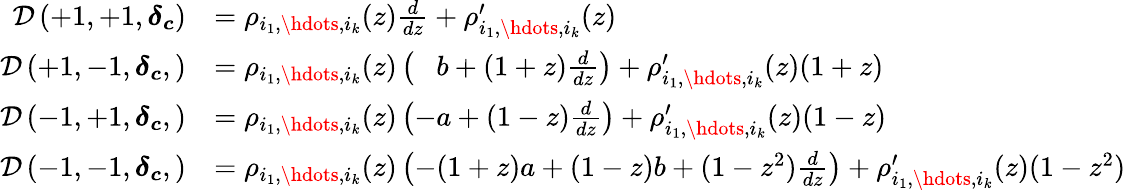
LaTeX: \begin{array}{rl}{\mathcal{D}\left(+1,+1,\boldsymbol{\delta_{c}}\right)}&{=\rho_{i_{1},\hdots,i_{k}}(z)\frac{d}{dz}+\rho_{i_{1},\hdots,i_{k}}^{\prime}(z)}\\ {\mathcal{D}\left(+1,-1,\boldsymbol{\delta_{c}},\right)}&{=\rho_{i_{1},\hdots,i_{k}}(z)\left(\hphantom{-}b+(1+z)\frac{d}{dz}\right)+\rho_{i_{1},\hdots,i_{k}}^{\prime}(z)(1+z)}\\ {\mathcal{D}\left(-1,+1,\boldsymbol{\delta_{c}},\right)}&{=\rho_{i_{1},\hdots,i_{k}}(z)\left(-a+(1-z)\frac{d}{dz}\right)+\rho_{i_{1},\hdots,i_{k}}^{\prime}(z)(1-z)}\\ {\mathcal{D}\left(-1,-1,\boldsymbol{\delta_{c}},\right)}&{=\rho_{i_{1},\hdots,i_{k}}(z)\left(-(1+z)a+(1-z)b+(1-z^{2})\frac{d}{dz}\right)+\rho_{i_{1},\hdots,i_{k}}^{\prime}(z)(1-z^{2})}\end{array}